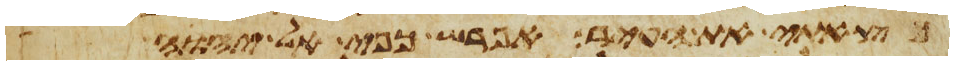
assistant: כצאתי את העיר אפרש כפי אל יהוה